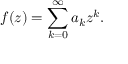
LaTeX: f ( z ) = \sum _ { k = 0 } ^ { \infty } a _ { k } z ^ { k } .